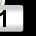
Digit: 1